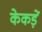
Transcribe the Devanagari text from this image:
केकड़ें